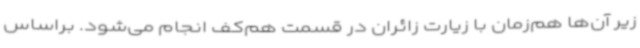
زیر آن‌ها هم‌زمان با زیارت زائران در قسمت هم‌کف انجام می‌شود. براساس